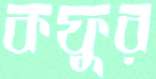
কফুর